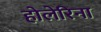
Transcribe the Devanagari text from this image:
होलेरिना